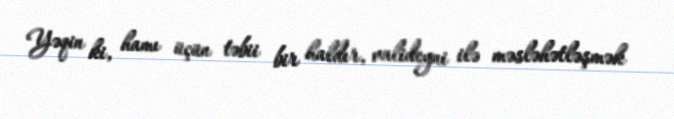
Yəqin ki, hamı üçün təbii bir haldır, valideyni ilə məsləhətləşmək